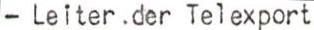
- Leiter .der Telexport